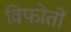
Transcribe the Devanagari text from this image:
विफोतों